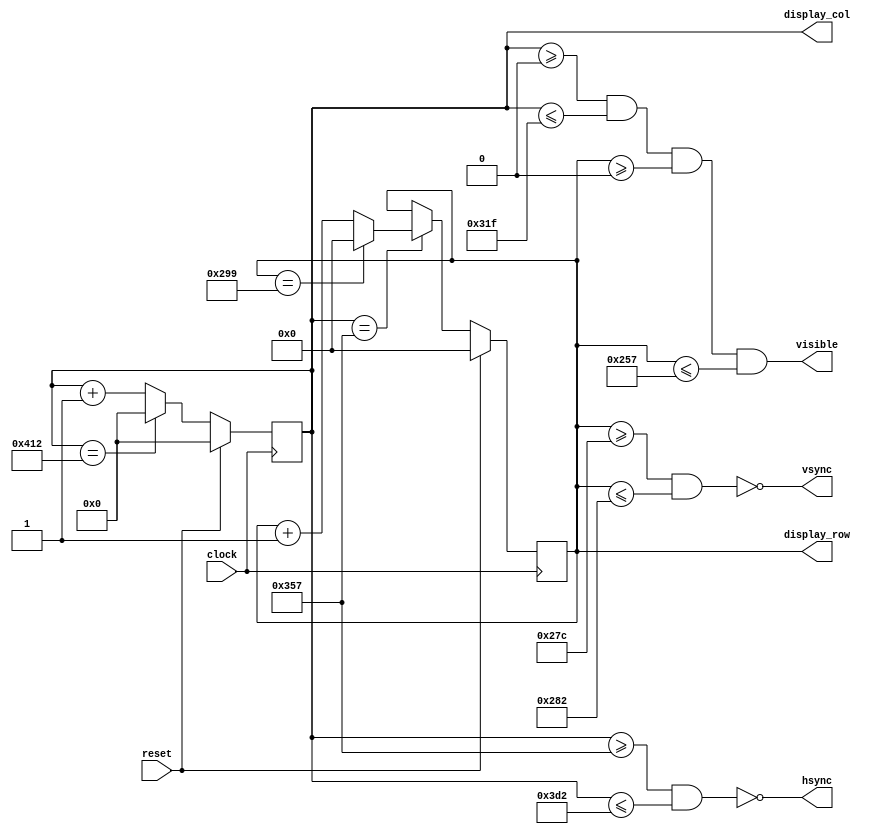
module vga_controller(clock, reset, display_col, display_row, visible, hsync, vsync); 

	// 72 Hz 800 x 600 VGA - 50MHz clock 
	parameter HOR_FIELD = 799; 
	parameter HOR_STR_SYNC = 855;
	parameter HOR_STP_SYNC = 978; 
	parameter HOR_TOTAL = 1042; 
	
	parameter VER_FIELD = 599; 
	parameter VER_STR_SYNC = 636; 
	parameter VER_STP_SYNC = 642; 
	parameter VER_TOTAL = 665; 

	input clock; 
	input reset; // reset signal 
	
	output reg [11:0] display_col; // horizontal counter 
	output reg [10:0] display_row; // vertical counter 
	output visible; // signal visible on display 
	output hsync, vsync; 
	
	wire line_start_pulse;
	
	//HSYNC teller
	always @(posedge clock)
		if (reset)
			display_col = 0;
		else if (display_col == HOR_TOTAL)
			display_col = 0;
		else
			display_col = display_col + 1;

	//VSYNC teller
	always @(posedge clock)
		if(reset)
			display_row = 0;
		else if(line_start_pulse)
			if(display_row == VER_TOTAL)
				display_row = 0;
			else
				display_row = display_row + 1;
	assign hsync = !((display_col >= HOR_STR_SYNC) & (display_col <= HOR_STP_SYNC));
	assign vsync = !((display_row >= VER_STR_SYNC) & (display_row <= VER_STP_SYNC));
	
	assign visible = (display_col >= 0) & (display_col <= HOR_FIELD)
						  & (display_row >= 0) & (display_row <= VER_FIELD);
	assign line_start_pulse = (display_col == HOR_STR_SYNC);
	
endmodule